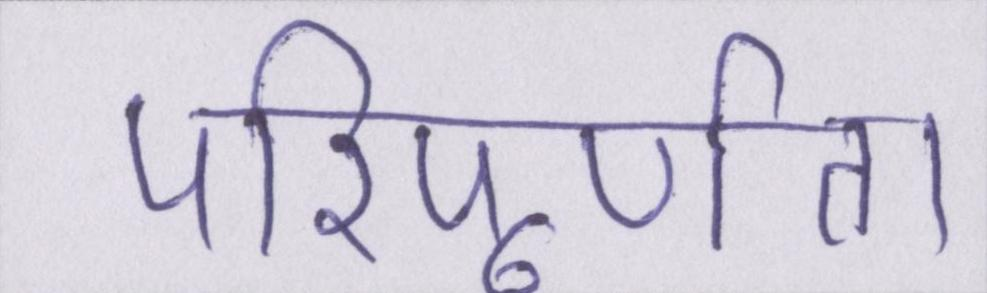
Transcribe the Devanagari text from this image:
परिपूर्णता